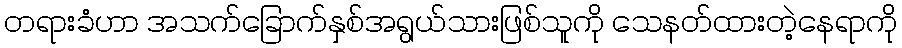
တရားခံဟာ အသက်ခြောက်နှစ်အရွယ်သားဖြစ်သူကို သေနတ်ထားတဲ့နေရာကို